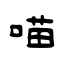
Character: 喵